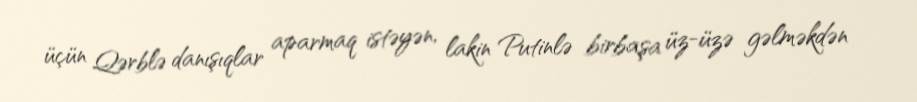
üçün Qərblə danışıqlar aparmaq istəyən, lakin Putinlə birbaşa üz-üzə gəlməkdən